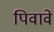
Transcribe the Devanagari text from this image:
पिवावे